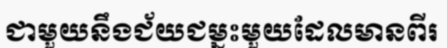
ជាមួយនឹងជ័យជម្នះមួយដែលមានពីរ